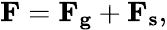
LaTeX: \begin{array}{r}{\mathbf{F}=\mathbf{F_{g}}+\mathbf{F_{s}},}\end{array}